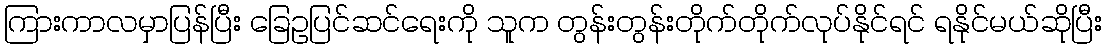
ကြားကာလမှာပြန်ပြီး ခြေဥပြင်ဆင်ရေးကို သူက တွန်းတွန်းတိုက်တိုက်လုပ်နိုင်ရင် ရနိုင်မယ်ဆိုပြီး